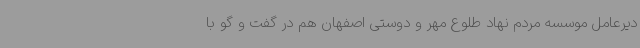
دیرعامل موسسه مردم نهاد طلوع مهر و دوستی اصفهان هم در گفت و گو با